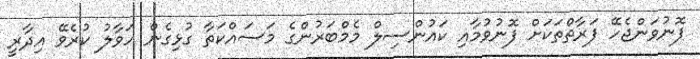
ފޮނުވަންޖެހޭ ފަރާތްތަކަށް ފޮނުވުމާއި ކައުންސިލް މެމްބަރުންގެ މަސައްކަތާ ގުޅިގެން ހަވާލު ކުރެވޭ އިދާރީ